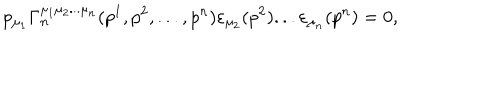
p _ { \mu _ { 1 } } \Gamma _ { n } ^ { \mu _ { 1 } \mu _ { 2 } . . . \mu _ { n } } ( p ^ { 1 } , p ^ { 2 } , . . . , p ^ { n } ) \varepsilon _ { \mu _ { 2 } } ( p ^ { 2 } ) . . . \varepsilon _ { \mu _ { n } } ( p ^ { n } ) = 0 ,